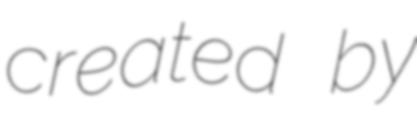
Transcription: created by